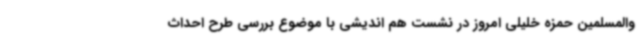
والمسلمین حمزه خلیلی امروز در نشست هم اندیشی با موضوع بررسی طرح احداث